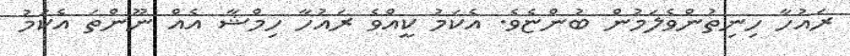
ރައުހާ ހިނިތުންވެލަމުން ބުންޏެވެ. އެކަމު ކީއްވެ ރައުހާ ހިމްޝާ އެއް ނޫންތަ އެކަމު